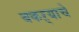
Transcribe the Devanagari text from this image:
बकऱ्याचे